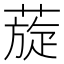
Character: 蔙